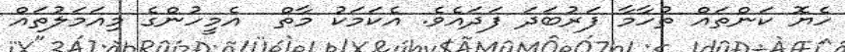
ހެޔޮ ކަންތައް ތުހާމާ ފަރުބަދަ ފަދައެވެ. އެކަމަކު މާތް  އެމީހުންގެ މިއަމަލުތައް